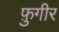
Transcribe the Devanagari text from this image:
फ़ुगीर